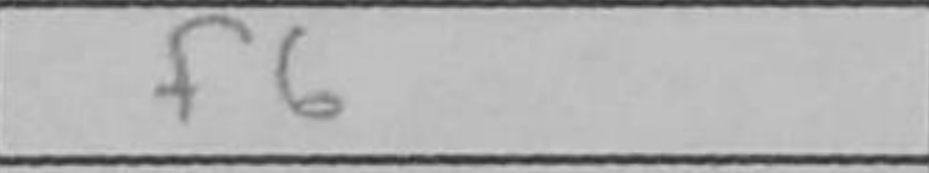
Transcription: f6